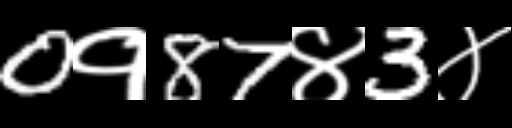
Text: 0१87४3४